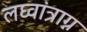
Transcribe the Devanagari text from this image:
लघ्वांत्राग्न